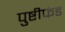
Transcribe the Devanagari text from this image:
पुष्टीफंड